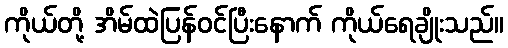
ကိုယ်တို့ အိမ်ထဲပြန်ဝင်ပြီးနောက် ကိုယ်ရေချိုးသည်။